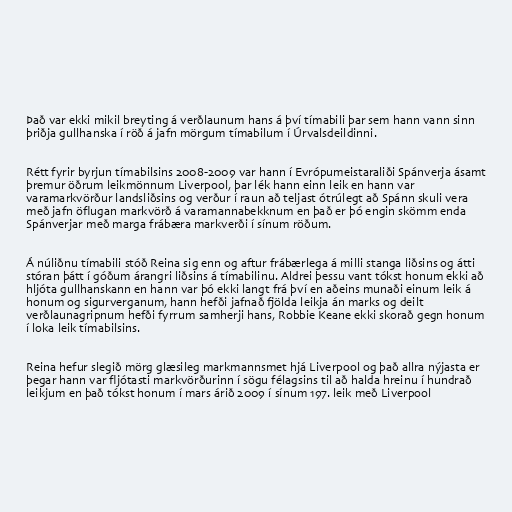
Það var ekki mikil breyting á verðlaunum hans á því tímabili þar sem hann vann sinn
þriðja gullhanska í röð á jafn mörgum tímabilum í Úrvalsdeildinni.

Rétt fyrir byrjun tímabilsins 2008-2009 var hann í Evrópumeistaraliði Spánverja ásamt
þremur öðrum leikmönnum Liverpool, þar lék hann einn leik en hann var
varamarkvörður landsliðsins og verður í raun að teljast ótrúlegt að Spánn skuli vera
með jafn öflugan markvörð á varamannabekknum en það er þó engin skömm enda
Spánverjar með marga frábæra markverði í sínum röðum.

Á núliðnu tímabili stóð Reina sig enn og aftur frábærlega á milli stanga liðsins og átti
stóran þátt í góðum árangri liðsins á tímabilinu. Aldrei þessu vant tókst honum ekki að
hljóta gullhanskann en hann var þó ekki langt frá því en aðeins munaði einum leik á
honum og sigurverganum, hann hefði jafnað fjölda leikja án marks og deilt
verðlaunagripnum hefði fyrrum samherji hans, Robbie Keane ekki skorað gegn honum
í loka leik tímabilsins.

Reina hefur slegið mörg glæsileg markmannsmet hjá Liverpool og það allra nýjasta er
þegar hann var fljótasti markvörðurinn í sögu félagsins til að halda hreinu í hundrað
leikjum en það tókst honum í mars árið 2009 í sínum 197. leik með Liverpool